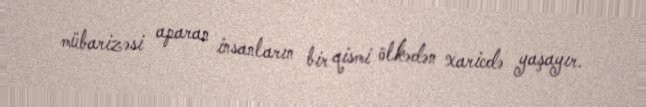
mübarizəsi aparan insanların bir qismi ölkədən xaricdə yaşayır.